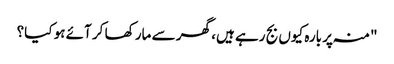
"منہ پر بارہ کیوں بج رہے ہیں، گھر سے مار کھا کر آئے ہو کیا؟